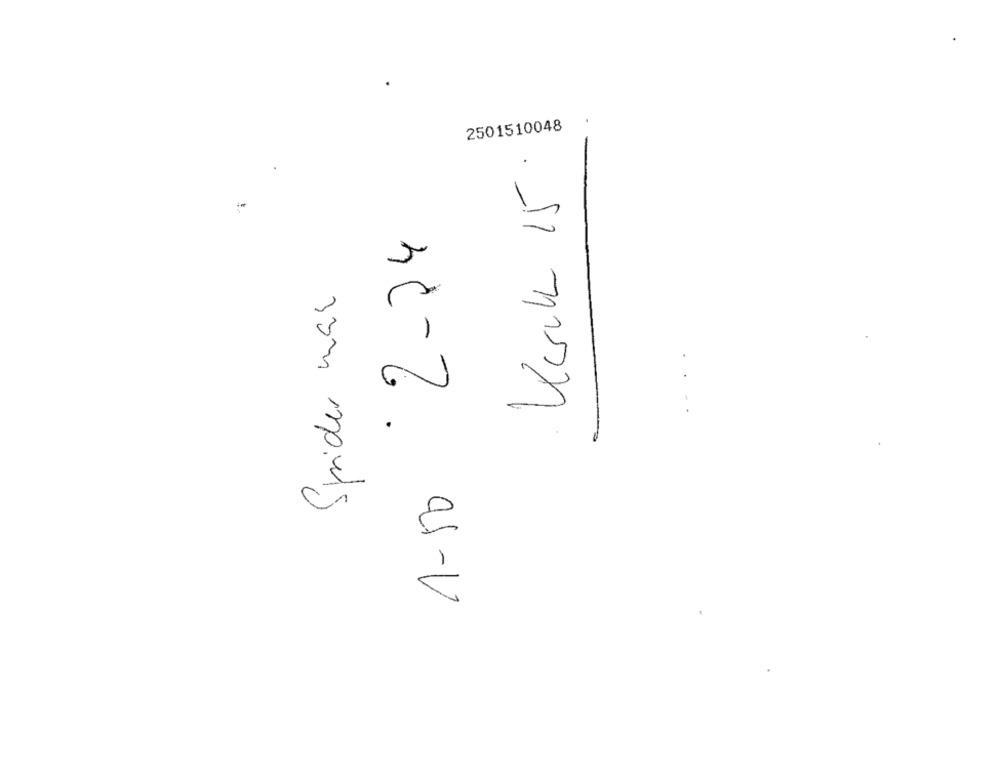
.
2501510048
Kerck 15
1-50 2-24
Spider man
....